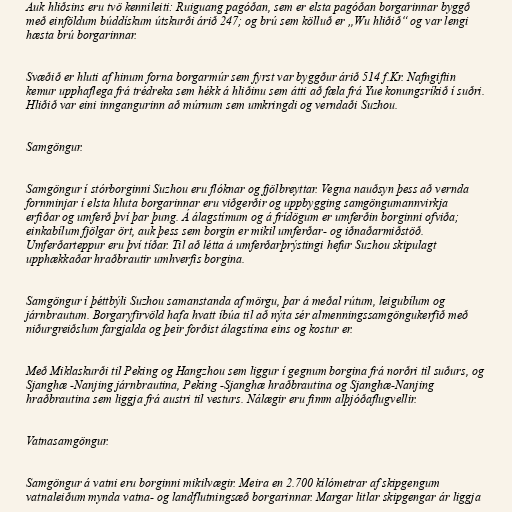
Auk hliðsins eru tvö kennileiti: Ruiguang pagóðan, sem er elsta pagóðan borgarinnar byggð
með einföldum búddískum útskurði árið 247; og brú sem kölluð er „Wu hliðið“ og var lengi
hæsta brú borgarinnar.

Svæðið er hluti af hinum forna borgarmúr sem fyrst var byggður árið 514 f.Kr. Nafngiftin
kemur upphaflega frá trédreka sem hékk á hliðinu sem átti að fæla frá Yue konungsríkið í suðri.
Hliðið var eini inngangurinn að múrnum sem umkringdi og verndaði Suzhou.

Samgöngur.

Samgöngur í stórborginni Suzhou eru flóknar og fjölbreyttar. Vegna nauðsyn þess að vernda
fornminjar í elsta hluta borgarinnar eru viðgerðir og uppbygging samgöngumannvirkja
erfiðar og umferð því þar þung. Á álagstímum og á frídögum er umferðin borginni ofviða;
einkabílum fjölgar ört, auk þess sem borgin er mikil umferðar- og iðnaðarmiðstöð.
Umferðarteppur eru því tíðar. Til að létta á umferðarþrýstingi hefur Suzhou skipulagt
upphækkaðar hraðbrautir umhverfis borgina.

Samgöngur í þéttbýli Suzhou samanstanda af mörgu, þar á meðal rútum, leigubílum og
járnbrautum. Borgaryfirvöld hafa hvatt íbúa til að nýta sér almenningssamgöngukerfið með
niðurgreiðslum fargjalda og þeir forðist álagstíma eins og kostur er.

Með Miklaskurði til Peking og Hangzhou sem liggur í gegnum borgina frá norðri til suðurs, og
Sjanghæ -Nanjing járnbrautina, Peking -Sjanghæ hraðbrautina og Sjanghæ-Nanjing
hraðbrautina sem liggja frá austri til vesturs. Nálægir eru fimm alþjóðaflugvellir.

Vatnasamgöngur.

Samgöngur á vatni eru borginni mikilvægir. Meira en 2.700 kílómetrar af skipgengum
vatnaleiðum mynda vatna- og landflutningsæð borgarinnar. Margar litlar skipgengar ár liggja